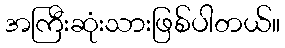
အကြီးဆုံးသားဖြစ်ပါတယ်။